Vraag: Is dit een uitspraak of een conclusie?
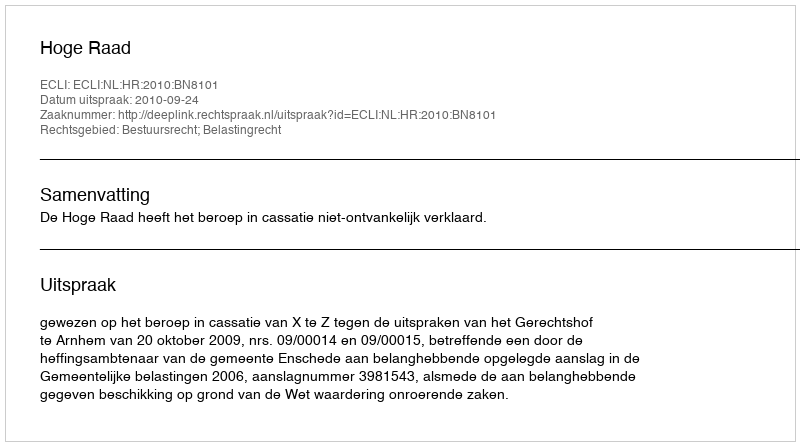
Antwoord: Uitspraak